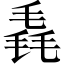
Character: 毳